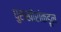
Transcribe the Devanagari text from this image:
घुसखोरांकडून